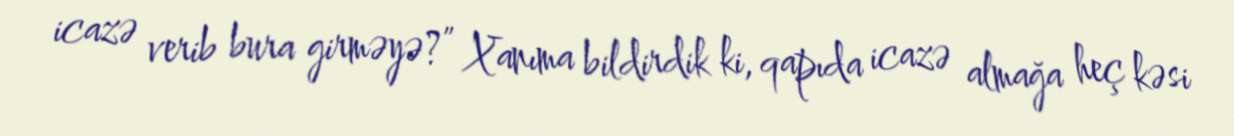
icazə verib bura girməyə?” Xanıma bildirdik ki, qapıda icazə almağa heç kəsi